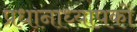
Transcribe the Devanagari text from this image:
प्रधानाध्यापकों